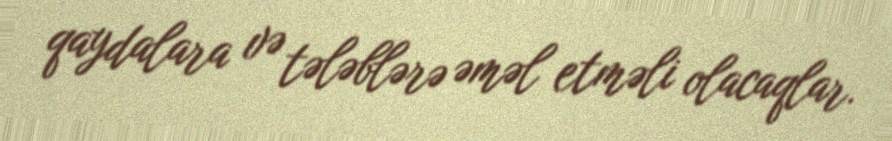
qaydalara və tələblərə əməl etməli olacaqlar.